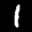
Label: 1